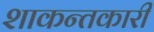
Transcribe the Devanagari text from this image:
शाकन्तकारी